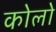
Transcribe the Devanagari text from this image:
कोलो